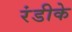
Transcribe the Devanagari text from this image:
रंडीके